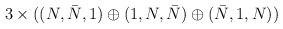
LaTeX: \begin{align*}3\times((N,\bar N,1)\oplus(1,N,\bar N)\oplus(\bar N,1,N))\end{align*}